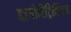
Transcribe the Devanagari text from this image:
बायोमैट्रिशियन